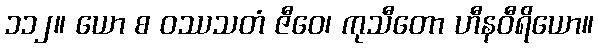
၁၁၂။ ယော စ ဝဿသတံ ဇီဝေ၊ ကုသီတော ဟီနဝီရိယော။